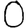
Digit: 0